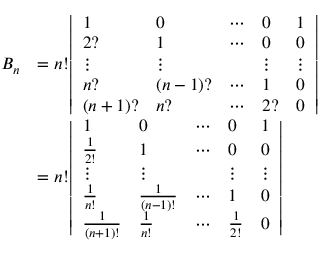
{ \begin{array} { r l } { B _ { n } } & { = n ! { \left| \begin{array} { l l l l l } { 1 } & { 0 } & { \cdots } & { 0 } & { 1 } \\ { 2 ? } & { 1 } & { \cdots } & { 0 } & { 0 } \\ { \vdots } & { \vdots } & & { \vdots } & { \vdots } \\ { n ? } & { ( n - 1 ) ? } & { \cdots } & { 1 } & { 0 } \\ { ( n + 1 ) ? } & { n ? } & { \cdots } & { 2 ? } & { 0 } \end{array} \right| } } \\ & { = n ! { \left| \begin{array} { l l l l l } { 1 } & { 0 } & { \cdots } & { 0 } & { 1 } \\ { { \frac { 1 } { 2 ! } } } & { 1 } & { \cdots } & { 0 } & { 0 } \\ { \vdots } & { \vdots } & & { \vdots } & { \vdots } \\ { { \frac { 1 } { n ! } } } & { { \frac { 1 } { ( n - 1 ) ! } } } & { \cdots } & { 1 } & { 0 } \\ { { \frac { 1 } { ( n + 1 ) ! } } } & { { \frac { 1 } { n ! } } } & { \cdots } & { { \frac { 1 } { 2 ! } } } & { 0 } \end{array} \right| } } \end{array} }